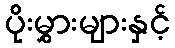
ပိုးမွှားများနှင့်